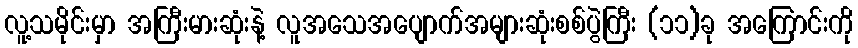
လူ့သမိုင်းမှာ အကြီးမားဆုံးနဲ့ လူအသေအပျောက်အများဆုံးစစ်ပွဲကြီး (၁၁)ခု အကြောင်းကို